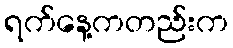
ရက်နေ့ကတည်းက